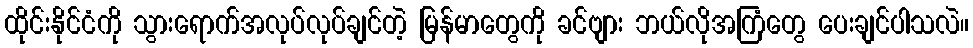
ထိုင်းနိုင်ငံကို သွားရောက်အလုပ်လုပ်ချင်တဲ့ မြန်မာတွေကို ခင်ဗျား ဘယ်လိုအကြံတွေ ပေးချင်ပါသလဲ။